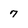
Character: 7